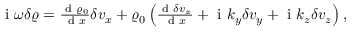
\begin{array} { r } { \mathrm { ~ i ~ } \omega \delta \varrho = \frac { \textrm { d } \varrho _ { 0 } } { \textrm { d } x } \delta v _ { x } + \varrho _ { 0 } \left( \frac { \textrm { d } \delta v _ { x } } { \textrm { d } x } + \mathrm { ~ i ~ } k _ { y } \delta v _ { y } + \mathrm { ~ i ~ } k _ { z } \delta v _ { z } \right) , } \end{array}